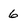
Character: 6